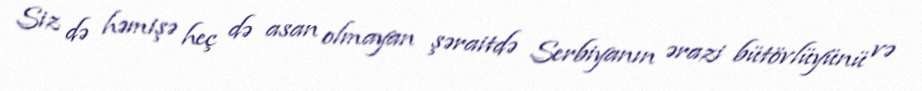
Siz də həmişə heç də asan olmayan şəraitdə Serbiyanın ərazi bütövlüyünü və